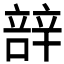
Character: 𮝼